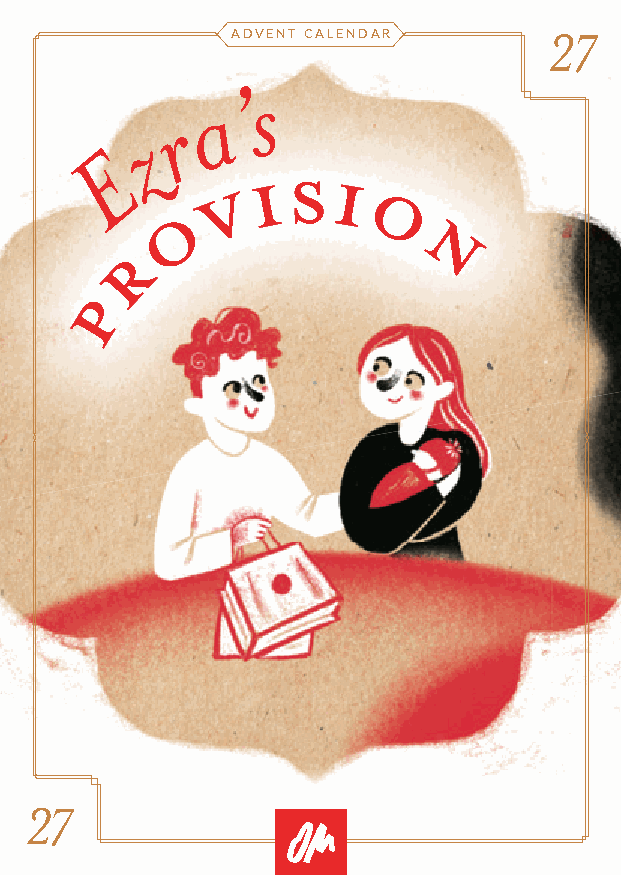
ADVENT CALENDAR      27
 a ’ s
 r
 z
 E       VV II SS II
 OO          OO
 NN
 RR
 PP
 27